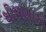
ઘોષણાએ